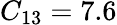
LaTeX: C_{13}=7.6